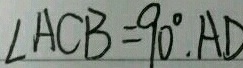
\angle A C B = 9 0 ^ { \circ } . A D